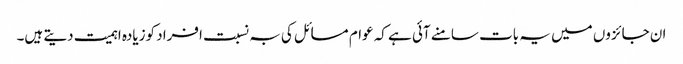
ان جائزوں میں یہ بات سامنے آئی ہے کہ عوام مسائل کی بہ نسبت افراد کوزیادہ اہمیت دیتے ہیں۔